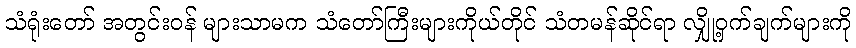
သံရုံးတော် အတွင်းဝန် များသာမက သံတော်ကြီးများကိုယ်တိုင် သံတမန်ဆိုင်ရာ လျှို့ဝှက်ချက်များကို